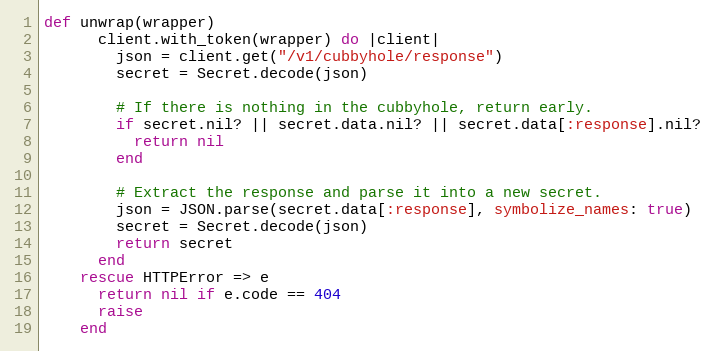
Language: Ruby
def unwrap(wrapper)
      client.with_token(wrapper) do |client|
        json = client.get("/v1/cubbyhole/response")
        secret = Secret.decode(json)

        # If there is nothing in the cubbyhole, return early.
        if secret.nil? || secret.data.nil? || secret.data[:response].nil?
          return nil
        end

        # Extract the response and parse it into a new secret.
        json = JSON.parse(secret.data[:response], symbolize_names: true)
        secret = Secret.decode(json)
        return secret
      end
    rescue HTTPError => e
      return nil if e.code == 404
      raise
    end